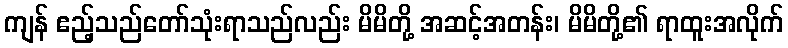
ကျန် ဧည့်သည်တော်သုံးရာသည်လည်း မိမိတို့ အဆင့်အတန်း၊ မိမိတို့၏ ရာထူးအလိုက်